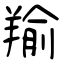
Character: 羭